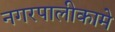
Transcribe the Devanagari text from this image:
नगरपालीकामे